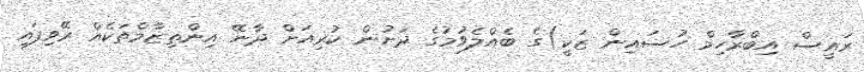
ރައީސް އިބްރާހިމް ހުސައިން ޒަކީ)ގެ ބެއްލެވުމުގެ ދަށުން ކުރިއަށް ދާނޭ އިންތިޒާމްތަކެއް ރޭވިފައި